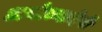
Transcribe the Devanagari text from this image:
अयोध्यादेवी